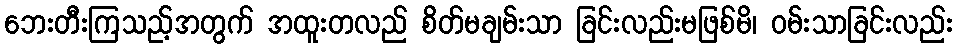
ဘေးတီးကြသည့်အတွက် အထူးတလည် စိတ်မချမ်းသာ ခြင်းလည်းမဖြစ်မိ၊ ဝမ်းသာခြင်းလည်း